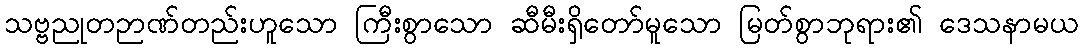
သဗ္ဗညုတဉာဏ်တည်းဟူသော ကြီးစွာသော ဆီမီးရှိတော်မူသော မြတ်စွာဘုရား၏ ဒေသနာမယ